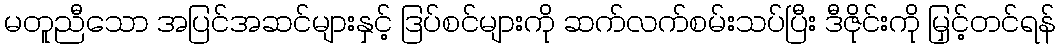
မတူညီသော အပြင်အဆင်များနှင့် ဒြပ်စင်များကို ဆက်လက်စမ်းသပ်ပြီး ဒီဇိုင်းကို မြှင့်တင်ရန်